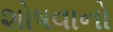
શોષવાનો